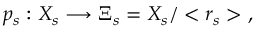
p _ { s } : X _ { s } \longrightarrow \Xi _ { s } = X _ { s } / < r _ { s } > \ ,